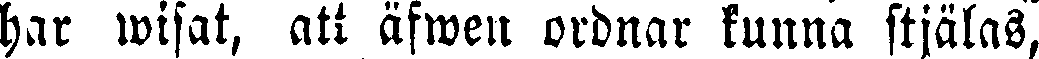
har wisat, att äfwen ordnar kunna stjälas,